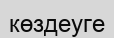
көздеуге